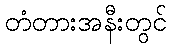
တံတားအနီးတွင်